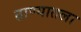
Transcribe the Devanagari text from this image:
ठाण्यातला